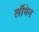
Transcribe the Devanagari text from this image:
लॉमेन